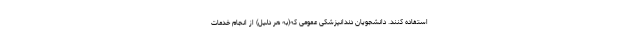
استفاده کنند. دانشجویان دندانپزشکی عمومی که(به هر دلیل) از انجام خدمات